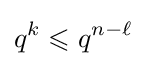
q^{k}\leqslant q^{n-\ell }